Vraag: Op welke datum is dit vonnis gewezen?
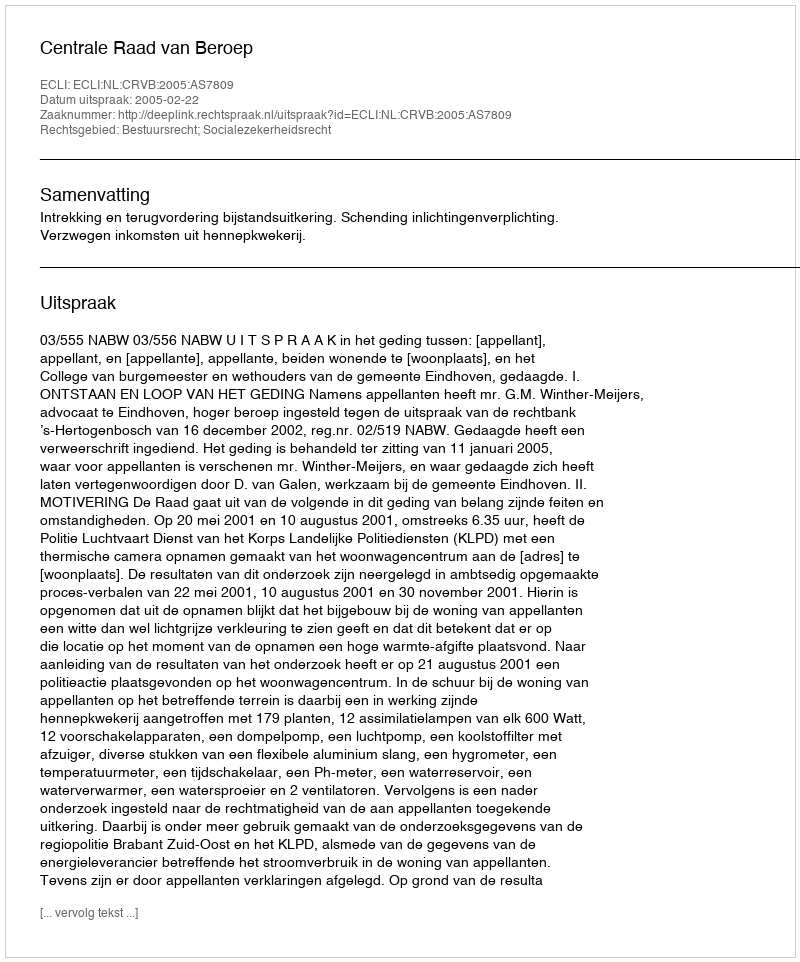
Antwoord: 2005-02-22